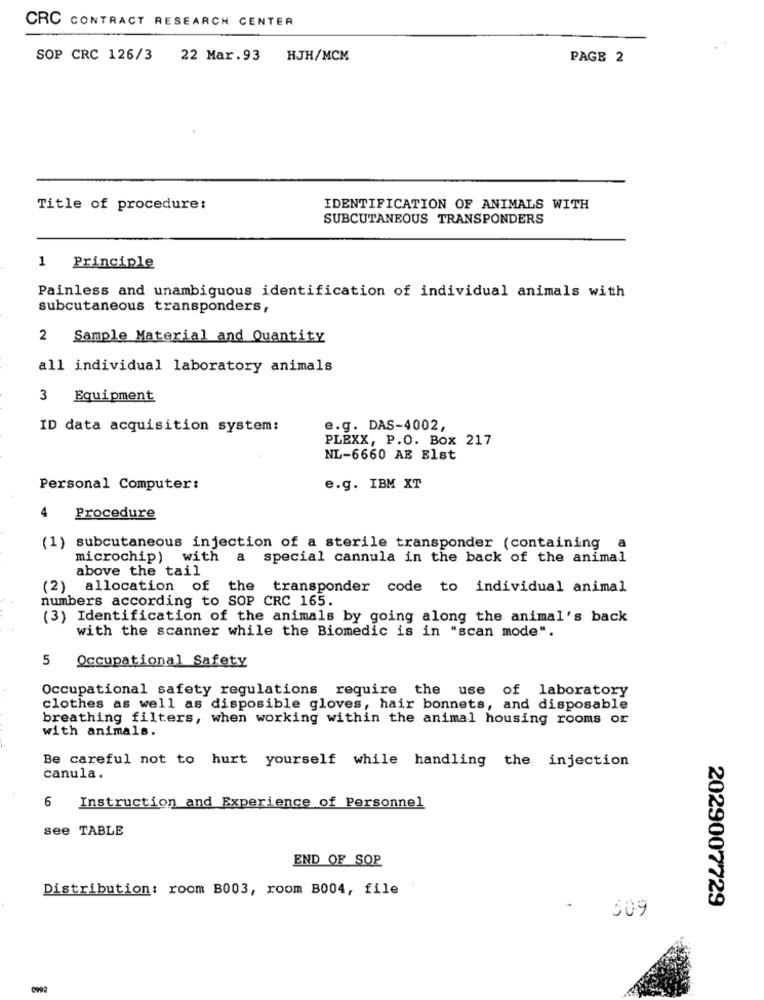
CRC CONTRACT RESEARCH CENTER
SOP CRC 126/3
22 Mar.93 HJH/MCM
PAGE 2
Title of procedure:
IDENTIFICATION OF ANIMALS WITH
SUBCUTANEOUS TRANSPONDERS
1 Principle
Painless and unambiguous identification of individual animals with
subcutaneous transponders,
2
Sample Material and Quantity
all individual laboratory animals
3 Equipment
ID data acquisition system:
e.g. DAS-4002,
PLEXX, P.O. Box 217
NL-6660 AB Elst
Personal Computer:
e.g. IBM XT
4
Procedure
(1) subcutaneous injection of a sterile transponder (containing a
microchip) with a special cannula in the back of the animal
above the tail
(2) allocation of the transponder code to individual animal
numbers according to SOP CRC 165.
(3) Identification of the animals by going along the animal's back
with the scanner while the Biomedic is in "scan mode".
5 Occupational Safety
Occupational safety regulations require the use of laboratory
clothes as well as disposible gloves, hair bonnets, and disposable
breathing filters, when working within the animal housing rooms or
with animals.
Be careful not to hurt yourself while handling the injection
canula.
6 Instruction and Experience of Personnel
see TABLE
END OF SOP
Distribution: room B003, room B004, file
2029007729
509
0992